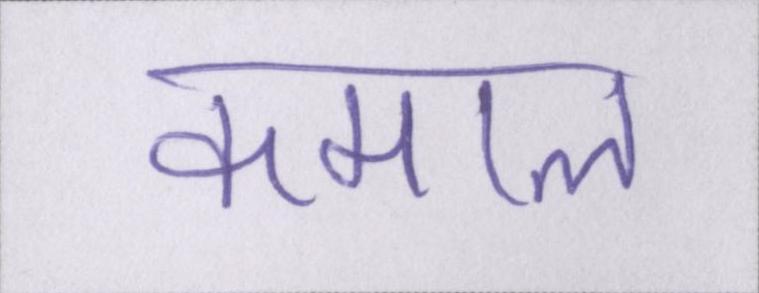
कमाल